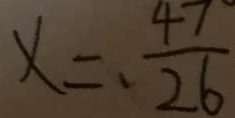
x = \frac { 4 7 } { 2 6 }